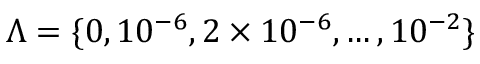
\Lambda = \{ 0 , 1 0 ^ { - 6 } , 2 \times 1 0 ^ { - 6 } , \ldots , 1 0 ^ { - 2 } \}